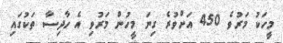
މީހަކު މަރުވެ 450 އަށްވުރެ ގިނަ މީހުން މަރުވި އެ ހާދިސާ ތަކުގައި